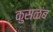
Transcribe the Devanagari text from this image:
कुसळंब